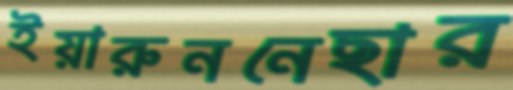
ইয়ারুননেছার